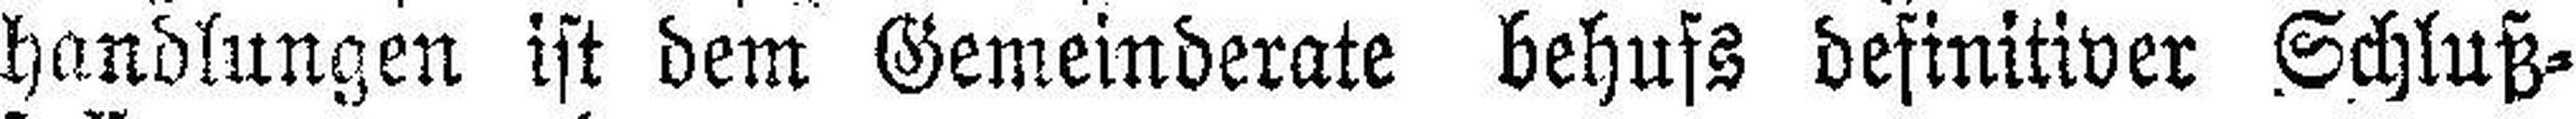
handlungen ist dem Gemeinderate behufs definitiver Schluß¬